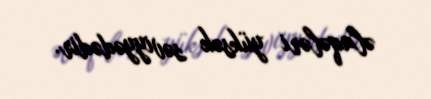
əlaqələri yüksək səviyyədədir.